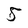
Character: 5